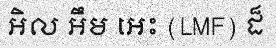
អិល អឹម អេះ (LMF) ដ៏